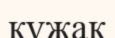
құжақ